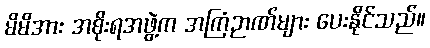
မိမိအား အစိုးရအဖွဲ့က အကြံဉာဏ်များ ပေးနိုင်သည်။